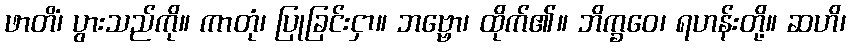
ဖာတိံ၊ ပွားသည်ကို။ ကာတုံ၊ ပြုခြင်းငှာ။ ဘဗ္ဗော၊ ထိုက်၏။ ဘိက္ခဝေ၊ ရဟန်းတို့။ ဆဟိ၊